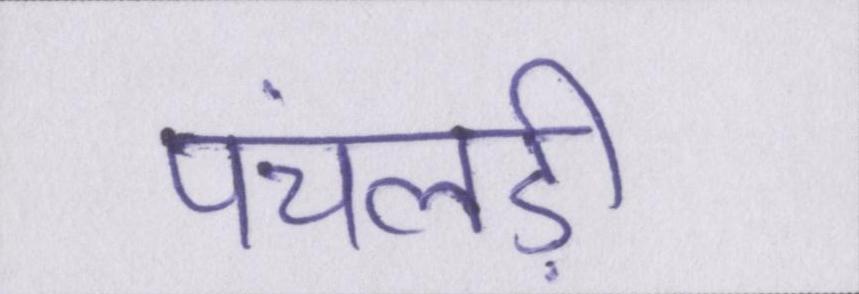
पंचलड़ी